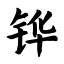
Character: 铧